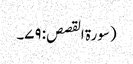
(سورۃ القصص: ۷۹۔